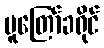
မူတြော်ခရိုင်